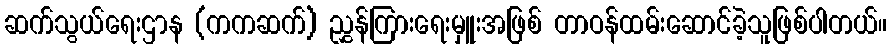
ဆက်သွယ်ရေးဌာန (ကကဆက်) ညွှန်ကြားရေးမှူးအဖြစ် တာဝန်ထမ်းဆောင်ခဲ့သူဖြစ်ပါတယ်။